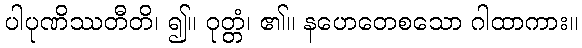
ပါပုဏိဿတီတိ၊ ၍။ ဝုတ္တံ၊ ၏။ နဟေတေစသော ဂါထာကား။